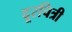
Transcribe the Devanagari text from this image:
दूरचित्री